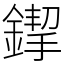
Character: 䤿